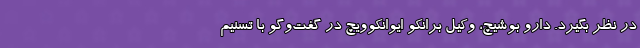
در نظر بگیرد. دارو بوشیچ، وکیل برانکو ایوانکوویچ در گفت‌وگو با تسنیم